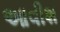
આવીશ